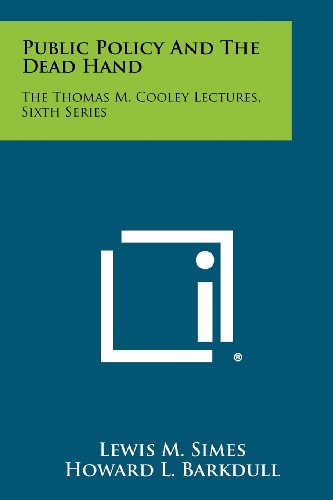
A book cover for Public Policy And The Dead Hand: The Thomas M. Cooley Lectures, Sixth Series; Lewis M. Simes; Literature & Fiction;